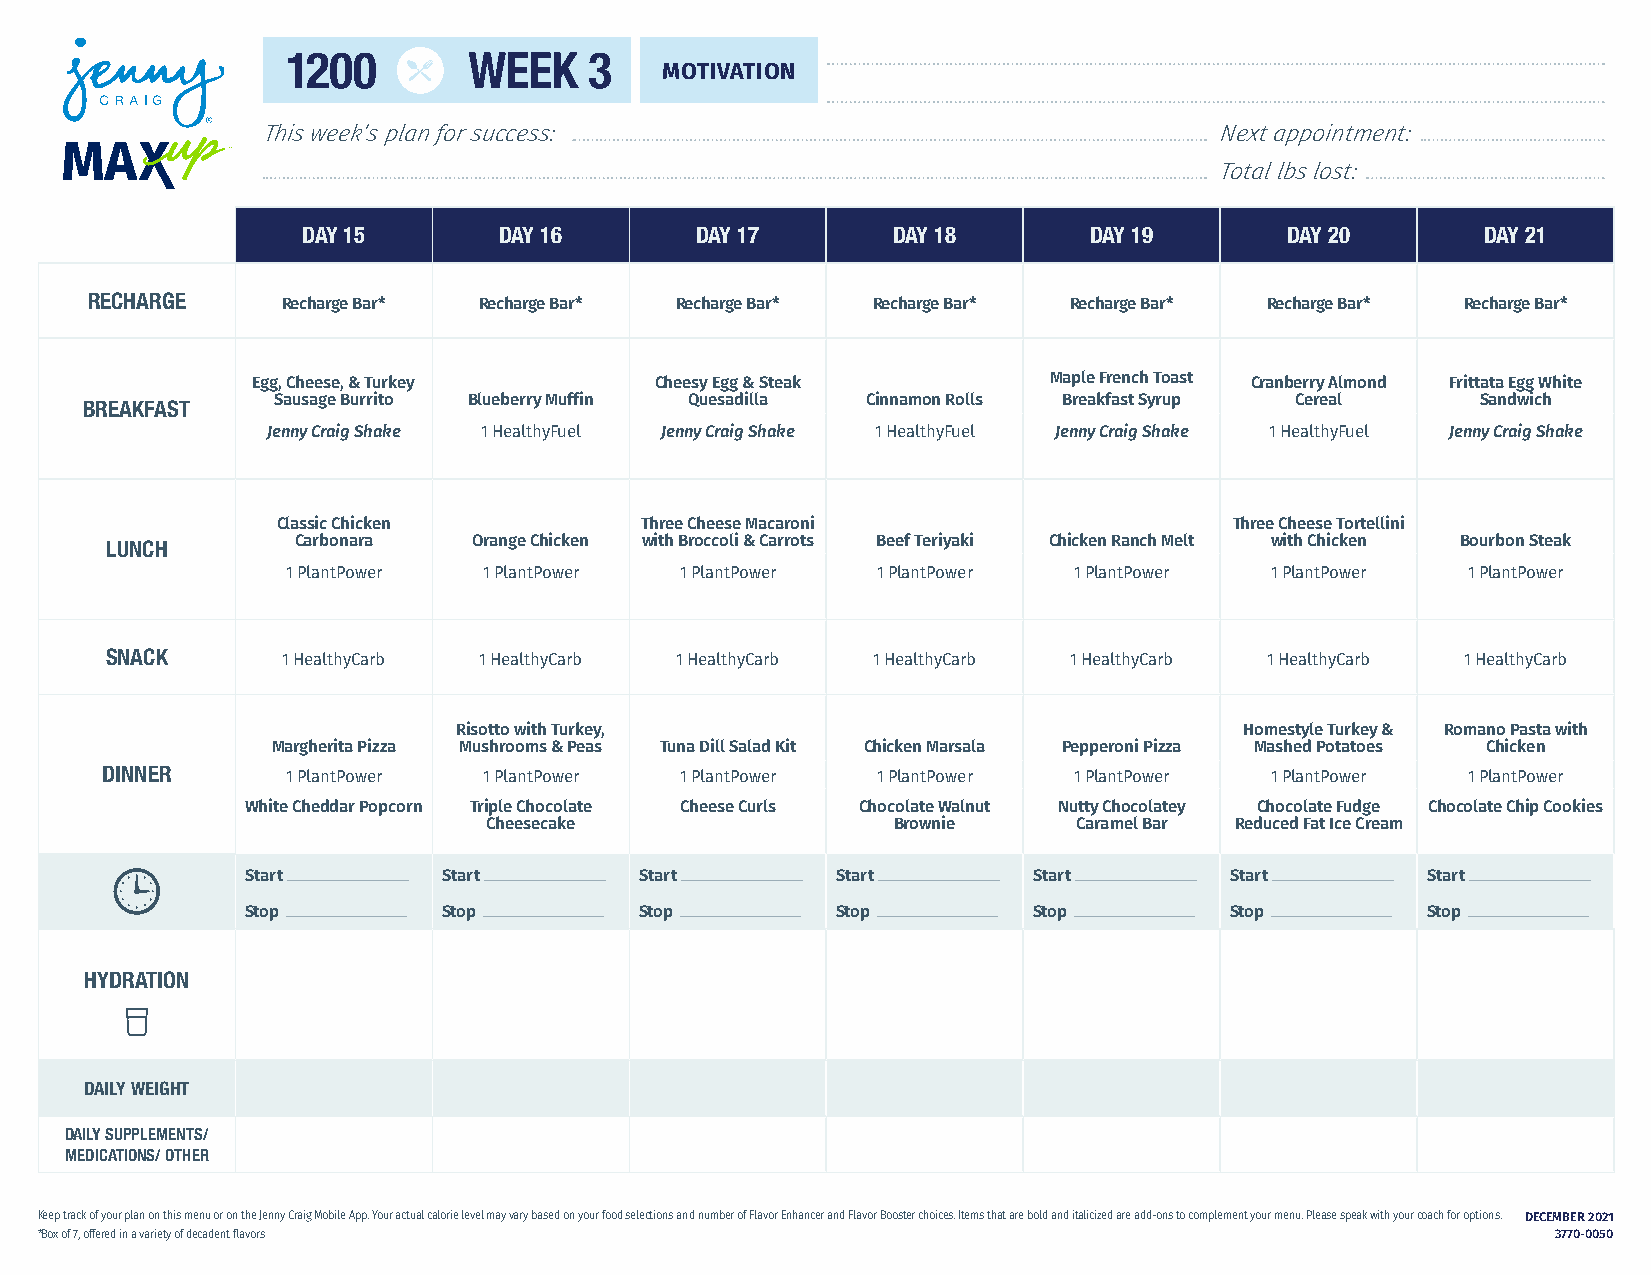
1200        WEEK    3
 MOTIVATION
 This week’s plan for success:                                   Next appointment:
 Total lbs lost:
 DAY 15       DAY 16       DAY 17       DAY 18       DAY 19       DAY 20       DAY 21
 RECHARGE
 Recharge Bar* Recharge Bar* Recharge Bar* Recharge Bar* Recharge Bar* Recharge Bar* Recharge Bar*
 Egg, Cheese, & Turkey     Cheesy Egg & Steak        Maple French Toast Cranberry Almond Frittata Egg White
 BREAKFAST   Sausage Burrito Blueberry Muffin Quesadilla Cinnamon Rolls Breakfast Syrup Cereal Sandwich
 Jenny Craig Shake 1 HealthyFuel Jenny Craig Shake 1 HealthyFuel Jenny Craig Shake 1 HealthyFuel Jenny Craig Shake
 Classic Chicken         Three Cheese Macaroni                   Three Cheese Tortellini
 LUNCH        Carbonara  Orange Chicken with Broccoli & Carrots Beef Teriyaki Chicken Ranch Melt with Chicken Bourbon Steak
 1 PlantPower 1 PlantPower 1 PlantPower 1 PlantPower 1 PlantPower 1 PlantPower 1 PlantPower
 SNACK
 1 HealthyCarb 1 HealthyCarb 1 HealthyCarb 1 HealthyCarb 1 HealthyCarb 1 HealthyCarb 1 HealthyCarb
 Risotto with Turkey,                                Homestyle Turkey & Romano Pasta with
 Margherita Pizza Mushrooms & Peas Tuna Dill Salad Kit Chicken Marsala Pepperoni Pizza Mashed Potatoes Chicken
 DINNER
 1 PlantPower 1 PlantPower 1 PlantPower 1 PlantPower 1 PlantPower 1 PlantPower 1 PlantPower
 White Cheddar Popcorn Triple Chocolate Cheese Curls Chocolate Walnut Nutty Chocolatey Chocolate Fudge Chocolate Chip Cookies
 Cheesecake                 Brownie     Caramel Bar Reduced Fat Ice Cream
 Start        Start        Start        Start        Start        Start        Start
 Stop         Stop         Stop         Stop         Stop         Stop         Stop
 HYDRATION
 DAILY WEIGHT
 DAILY SUPPLEMENTS/
 MEDICATIONS/ OTHER
 Keep track of your plan on this menu or on the Jenny Craig Mobile App. Your actual calorie level may vary based on your food selections and number of Flavor Enhancer and Flavor Booster choices. Items that are bold and italicized are add-ons to complement your menu. Please speak with your coach for options. DECEMBER 2021
 *Box of 7, offered in a variety of decadent flavors                                                  3770-0050